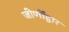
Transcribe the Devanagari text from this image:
जीर्णोंद्वार